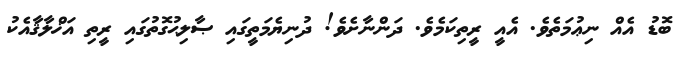
ބޮޑު އެއް ނިޢުމަތެވެ. އެއީ ރީތިކަމެވެ. ދަންނާށެވެ! ދުނިޔެމަތީގައި ޞާލިޙުގޮތުގައި ރީތި އަޚްލާޤާއެކު